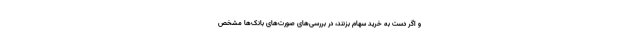
و اگر دست به خرید سهام بزنند، در بررسی‌های صورت‌های بانک‌ها مشخص